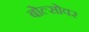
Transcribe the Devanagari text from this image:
बोल्सोवर